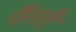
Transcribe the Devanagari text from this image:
पैंगरी